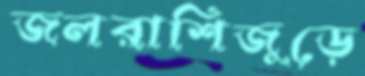
জলরাশিজুড়ে